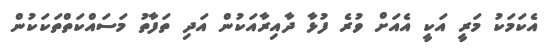
އެކަމަކު މަރީ އަކީ އެއަށް ވުރެ ފުޅާ ދާއިރާއަކުން އަދި ތަފާތު މަސައްކަތްތަކަކުން